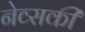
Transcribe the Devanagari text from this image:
नेव्सकी